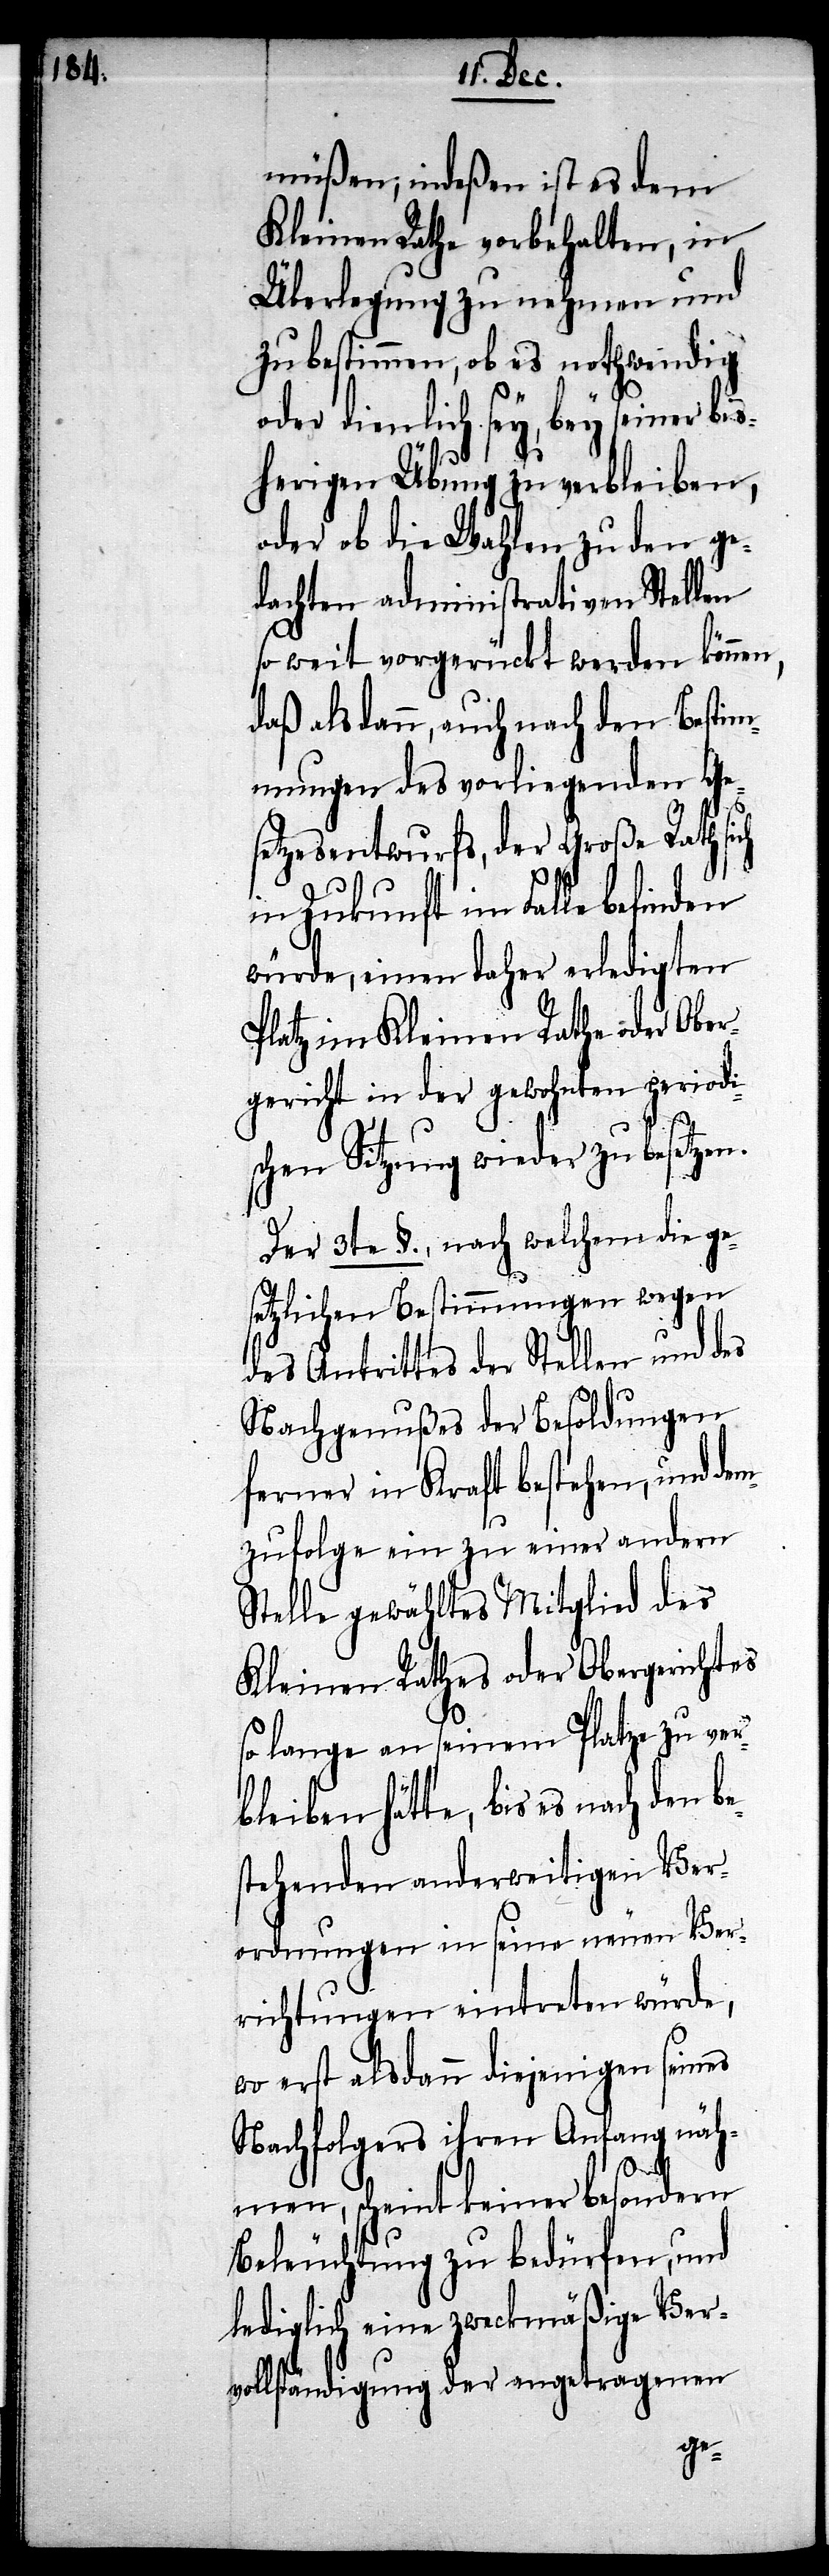
müßen; indeßen ist es dem
Kleinen Rathe vorbehalten, in
Überlegung zu nehmen und
zu bestimmen, ob es nothwendig
oder dienlich sey, bey seiner bi¬
sherigen Übung zu verbleiben,
oder ob die Wahlen zu den ge¬
dachten administrativen Stellen
so weit vorgerückt werden können,
daß alsdann, auch nach den Bestim¬
mungen des vorliegenden Ge¬
setzesentwurfs, der Große Rath sich
in Zukunft im Falle befinden
würde, einen daher erledigten
Platz im Kleinen Rathe oder Ober¬
gericht in der gewohnten periodi¬
schen Sitzung wieder zu besetzen.
Der 3te §., nach welchem die ge¬
setzlichen Bestimmungen wegen
des Antrittes der Stellen und des
Nachgenußes der Besoldungen
ferner in Kraft bestehen, und dem
zufolge ein zu einer andern
Stelle gewähltes Mitglied des
Kleinen Rathes oder Obergerichtes
so lange an seinem Platze zu ver¬
bleiben hätte, bis es nach den
stehenden anderweitigen Ver¬
ordnungen in seine neuen Ver¬
richtungen eintreten würde,
wo erst alsdann diejenigen seines
Nachfolgers ihren Anfang näh¬
men, scheint keiner besondern
Beleuchtung zu bedürfen, und
lediglich eine zweckmäßige Ver¬
vollständigung der angetragenen
be¬